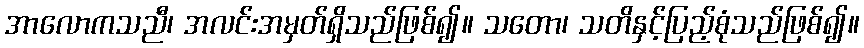
အာလောကသညီ၊ အလင်းအမှတ်ရှိသည်ဖြစ်၍။ သတော၊ သတိနှင့်ပြည့်စုံသည်ဖြစ်၍။